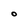
Character: O